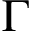
\Gamma